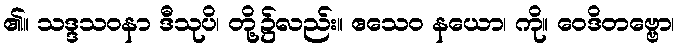
၏။ သဒ္ဒသဝနာ ဒီသုပိ၊ တို့၌လည်း။ ဧသေဝ နယော၊ ကို။ ဝေဒိတဗ္ဗော၊